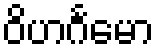
ဝိဟင်္ဂမော